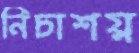
নিচাশয়